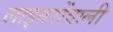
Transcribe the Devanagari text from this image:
लाइनरोंवाली